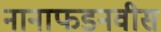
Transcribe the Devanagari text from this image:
नानाफडनवीस